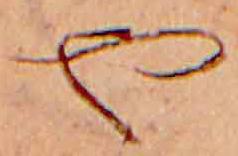
や